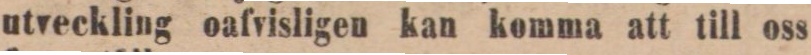
utveckling oafvisligen kan komma att till oss